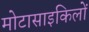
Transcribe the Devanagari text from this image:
मोटासाइकिलों